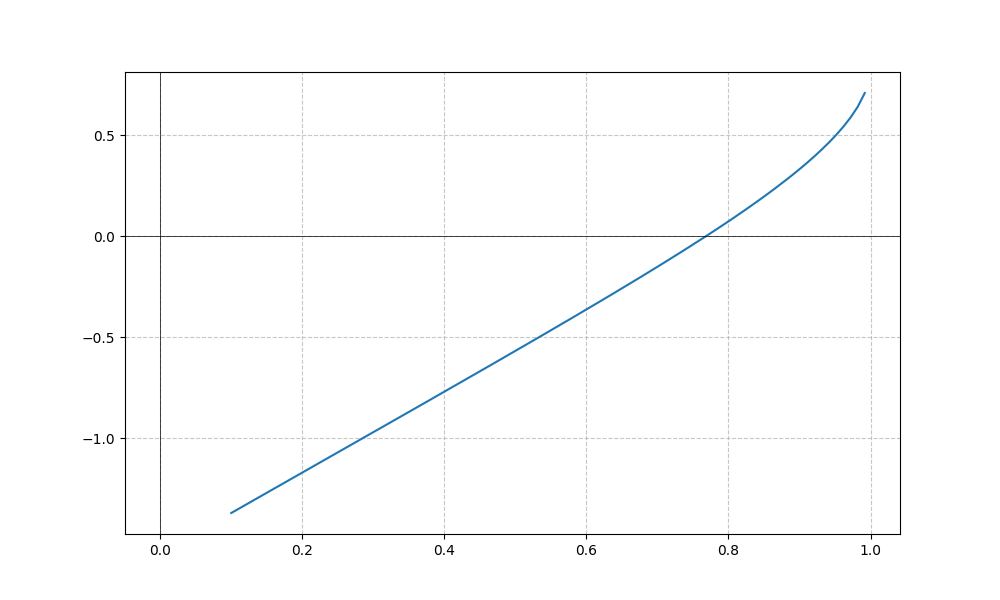
LaTeX formula: \sin{\left(x \right)} - \operatorname{acos}{\left(x \right)}